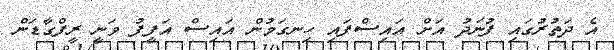
އެ ދަތުރުގައި ފުނަދު އަށް އައިސްފައި ހިނގަމުން އައިސް އަފީފު ވަނީ ރީފްގާޑަން